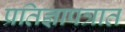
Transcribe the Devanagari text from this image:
प्रतिज्ञापत्रात